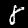
Label: 8